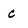
Character: c